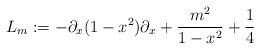
LaTeX: \begin{align*} L_m := -\partial_x(1-x^2)\partial_x + \frac{m^2}{1-x^2} + \frac{1}{4}\end{align*}